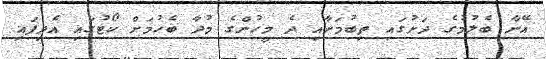
އޭނާ ބެލުމުގެ ދަށުގައި ތިބުމަށާއި ދެ މީހުންގެ މުދާ ބެހުމަށް ކޯޓުގައި އެދިފައި